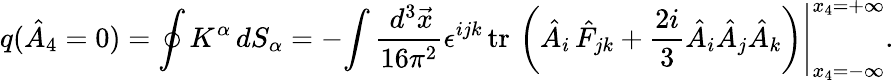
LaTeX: q(\hat{A}_{4}=0)=\oint K^{\alpha}\, dS_{\alpha}=-\left.\int\frac{\, d^{3}\vec{x}}{16\pi^{2}}\epsilon^{ijk}\, \mathrm{tr\, }\left(\hat{A}_{i}\, \hat{F}_{jk}+\frac{2i}3\hat{A}_{i}\hat{A}_{j}\hat{A}_{k}\right)\right|_{x_{4}=-\infty}^{x_{4}=+\infty}.